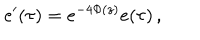
LaTeX: e ^ { \prime } ( \tau ) = e ^ { - 4 \Phi ( z ) } e ( \tau ) \, ,